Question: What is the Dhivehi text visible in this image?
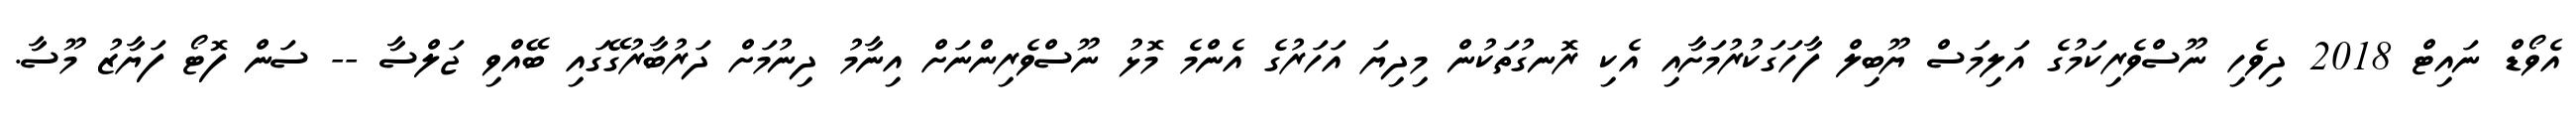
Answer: އެވޯޑް ނައިޓް 2018 ދިވެހި ނޫސްވެރިކަމުގެ އަލިމަސް ޔޫބިލް ފާހަގަކުރުމަށާއި އެކި ރޮނގުތަކުން މިދިޔަ އަހަރުގެ އެންމެ މޮޅު ނޫސްވެރިންނަށް އިނާމު ދިނުމަށް ދަރުބާރުގޭގައި ބޭއްވި ޖަލްސާ -- ސަން ފޮޓޯ ފަޔާޒު މޫސާ.